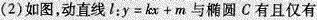
(2)如图，动直线l：$$y = k x + m$$与椭圆C有且仅有